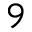
9